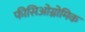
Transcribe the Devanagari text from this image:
फीसिओग्नोमिक